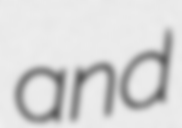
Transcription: and